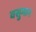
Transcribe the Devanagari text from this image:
वसुमान